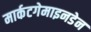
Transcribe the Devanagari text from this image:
मार्कटगेमाइनडेन